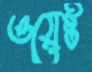
ওয়েষ্ট